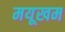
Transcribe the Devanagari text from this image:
मयूखम